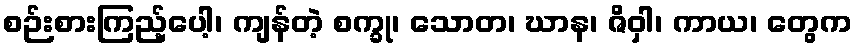
စဉ်းစားကြည့်ပေါ့၊ ကျန်တဲ့ စက္ခု၊ သောတ၊ ဃာန၊ ဇိဝှါ၊ ကာယ၊ တွေက